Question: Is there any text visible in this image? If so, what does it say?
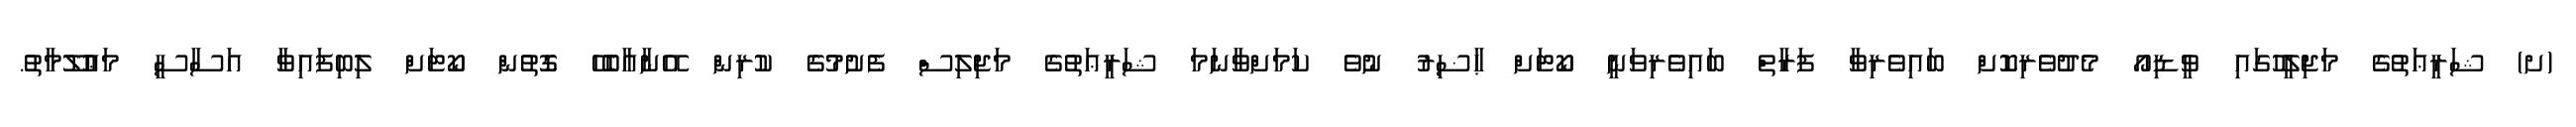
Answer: (ށ) ޝަރީޢަތުގެ މަޖިލީހުގައި ވީޑިއޯ މެދުވެރިކޮށް ބައިވެރިވާ ފަރާތް ބައިވެރިވަނީ ކޯޓަށް ޙާޟިރު ނުވެ ކަމަށްވާނަމަ ޝަރީޢަތުގެ މަޖިލިސް ފެށުމުގެ ކުރިން އޭނާއާބެހޭ ގޮތުން ކޯޓަށް ލިބިފައިވާ އަސާސީ މަޢުލޫމާތު.